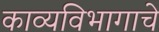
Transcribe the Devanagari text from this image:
काव्यविभागाचे